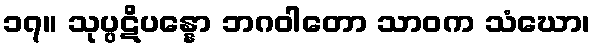
၁၇။ သုပ္ပဋိပန္နော ဘဂဝါတော သာဝက သံဃော၊